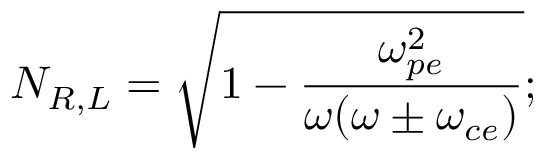
N _ { R , L } = \sqrt { 1 - \frac { \omega _ { p e } ^ { 2 } } { \omega ( \omega \pm \omega _ { c e } ) } } ;